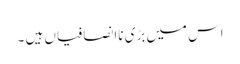
اس میں بڑی ناانصافیاں ہیں ۔